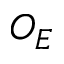
O _ { E }